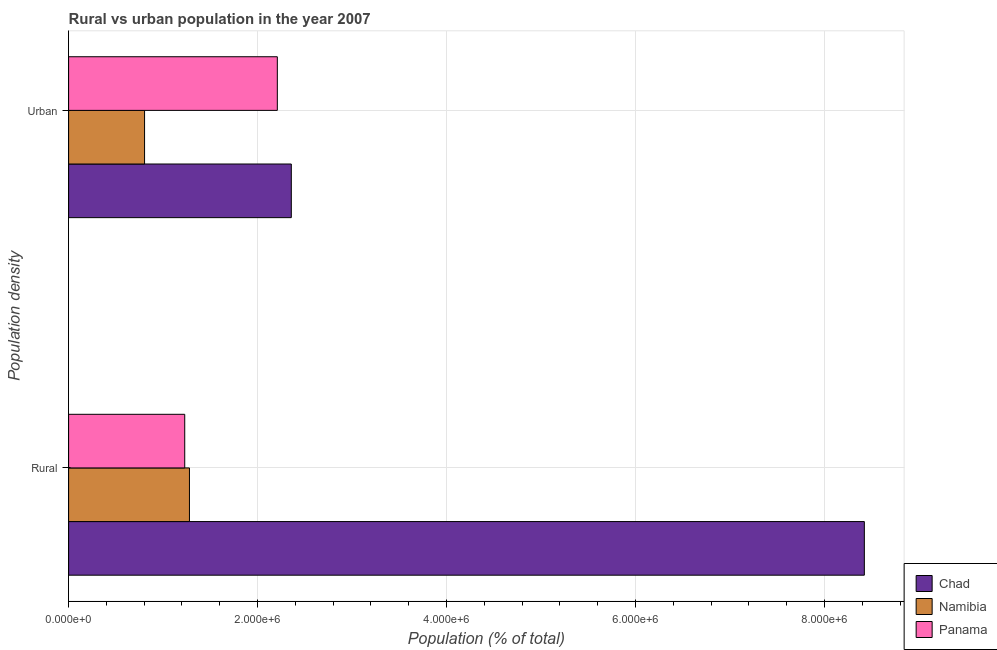
| Population density | Chad | Namibia | Panama |
 | --- | --- | --- | --- |
 | Rural | 8.42e+06 | 1.28e+06 | 1.23e+06 |
 | Urban | 2.36e+06 | 8.04e+05 | 2.21e+06 |